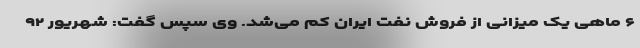
۶ ماهی یک میزانی از فروش نفت ایران کم می‌شد. وی سپس گفت: شهریور ۹۲